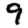
Digit: 9